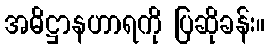
အဓိဋ္ဌာနဟာရကို ပြဆိုခန်း။